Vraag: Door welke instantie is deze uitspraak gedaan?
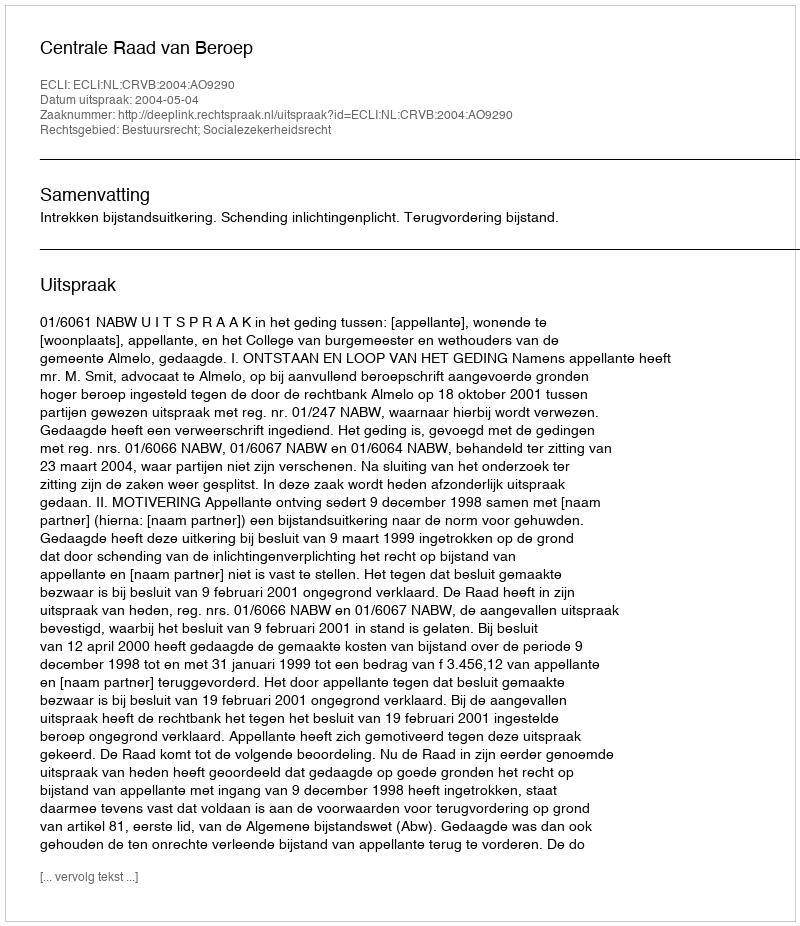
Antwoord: Centrale Raad van Beroep